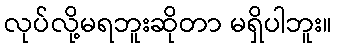
လုပ်လို့မရဘူးဆိုတာ မရှိပါဘူး။